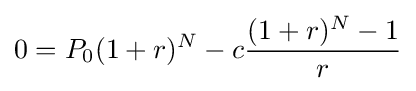
0=P_{0}(1+r)^{N}-c{{(1+r)^{N}-1} \over r}